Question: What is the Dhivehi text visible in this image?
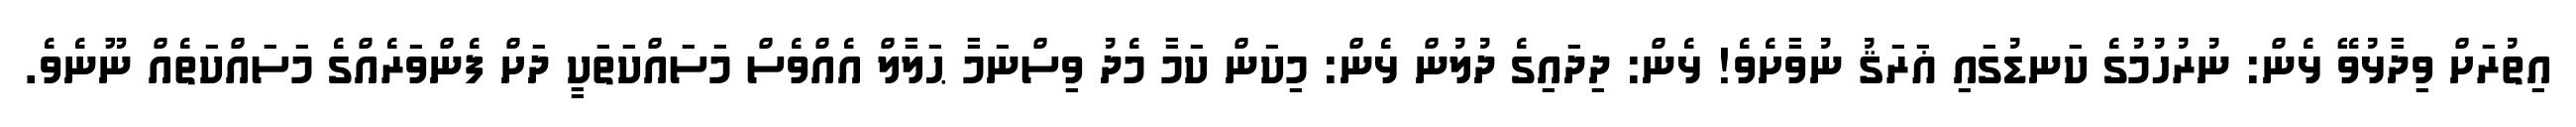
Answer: އިތުރަށް ވިދާޅުވޭ ޅެން: ނުރުހުމުގެ ކަނޑުގައި ޣަރަޤު ނުވާށެވެ! ޅެން: ދިދައިގެ ދުލުން ޅެން: މިކަން ކަމާ މެދު ވިސްނަމާ ޙަލާލް އެއްވެސް މަސައްކަތަކީ ދަށް ފެންވަރެއްގެ މަސައްކަތެއް ނޫނެވެ.